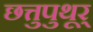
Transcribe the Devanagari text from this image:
छत्तुपुथूर्